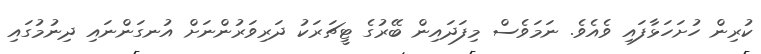
ކުރިން ހުށަހަޅާފައި ވެއެވެ. ނަމަވެސް މިފަދައިން ބޭރުގެ ޓީޗަރަކު ދަރިވަރުންނަށް އުނގަންނައި ދިނުމުގައި